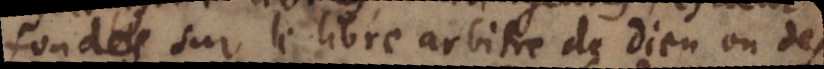
fondées sur le libre arbitre de Dieu ou des